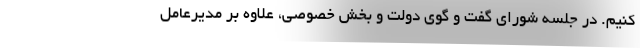
کنیم. در جلسه شورای گفت و گوی دولت و بخش خصوصی، علاوه بر مدیرعامل